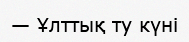
— Ұлттық ту күні